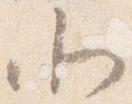
北